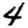
Digit: 4